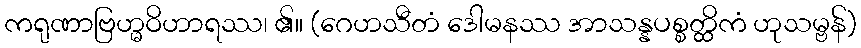
ကရုဏာဗြဟ္မဝိဟာရဿ၊ ၏။ (ဂေဟသီတံ ဒေါမနဿ အာသန္နပစ္စတ္ထိကံ ဟုသမ္ဗန်)